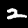
Digit: 2